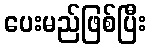
ပေးမည်ဖြစ်ပြီး